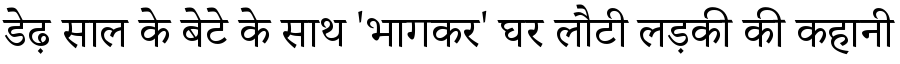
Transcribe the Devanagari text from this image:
डेढ़ साल के बेटे के साथ 'भागकर' घर लौटी लड़की की कहानी